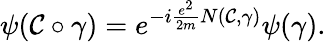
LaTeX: \psi({\cal C}\circ\gamma)=e^{-i\frac{e^{2}}{2m}N({\cal C},\gamma)}\psi(\gamma).